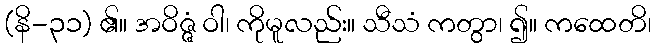
(နိ-၃၁) ၏။ အဝိဇ္ဇံ ဝါ၊ ကိုမူလည်း။ သီသံ ကတွာ၊ ၍။ ကထေတိ၊